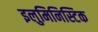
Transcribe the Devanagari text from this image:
इलुमिनिस्टिक